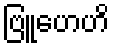
ဗြူဟေဟိ